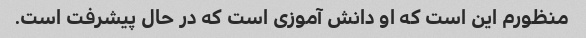
منظورم این است که او دانش آموزی است که در حال پیشرفت است.